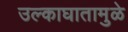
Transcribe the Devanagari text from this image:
उल्काघातामुळे